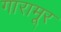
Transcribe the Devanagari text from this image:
गारामूर